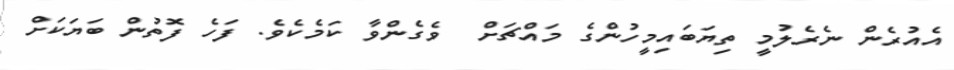
އެއުރެން ނެރެލުމީ ތިޔަބައިމީހުންގެ މައްޗަށް  ވެގެންވާ ކަމެކެވެ. ފަހެ ފޮތުން ބަޔަކަށް